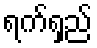
ရက်ရှည်